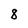
Character: 8